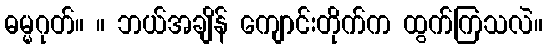
ဓမ္မဂုတ်။ ။ ဘယ်အချိန် ကျောင်းတိုက်က ထွက်ကြသလဲ။